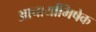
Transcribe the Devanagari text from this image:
आचार्याभिषेक